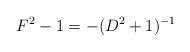
LaTeX: \begin{align*}F^2-1 =- (D^2+1)^{-1}\end{align*}